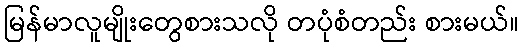
မြန်မာလူမျိုးတွေစားသလို တပုံစံတည်း စားမယ်။